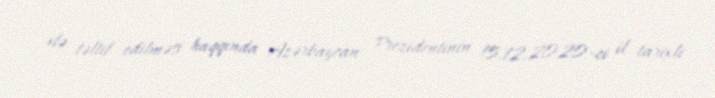
ilə təltif edilməsi haqqında Azərbaycan Prezidentinin 15.12.2020-ci il tarixli